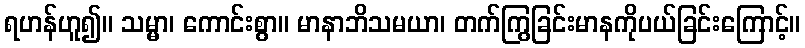
ရဟန်ဟူ၍။ သမ္မာ၊ ကောင်းစွာ။ မာနာဘိသမယာ၊ တက်ကြွခြင်းမာနကိုပယ်ခြင်းကြောင့်။